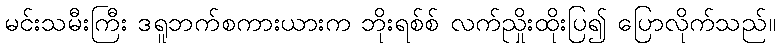
မင်းသမီးကြီး ဒရူဘက်စကားယားက ဘိုးရစ်စ် လက်ညှိုးထိုးပြ၍ ပြောလိုက်သည်။